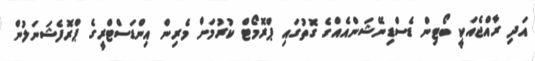
އަދި ރާއްޖެއަކީ ބޯޓިން ޑެސްޑިނޭޝަންއެއްގެ ގޮތުގައި ޕްރޮމޯޓް ކުރުމަށް މެރިން އިންޑަސްޓްރީގެ ޕްރޮފެޝަނަލުން